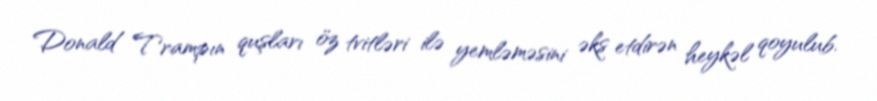
Donald Trampın quşları öz tvitləri ilə yemləməsini əks etdirən heykəl qoyulub.